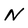
Character: N